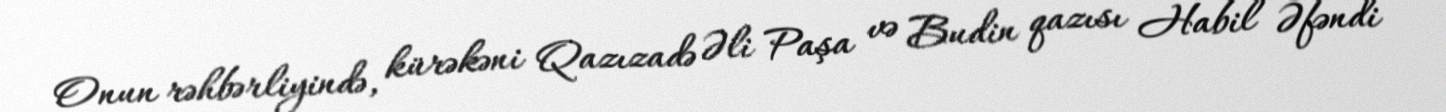
Onun rəhbərliyində, kürəkəni Qazızadə Əli Paşa və Budin qazısı Habil Əfəndi